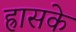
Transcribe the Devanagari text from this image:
ह्रासके